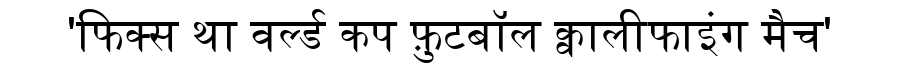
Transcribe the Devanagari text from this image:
'फिक्स था वर्ल्ड कप फ़ुटबॉल क्वालीफाइंग मैच'